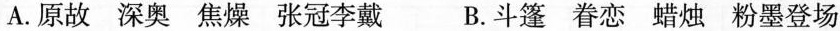
A.原故 深奥 焦燥 张冠李戴 B.斗篷 眷恋 蜡烛 粉墨登场